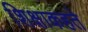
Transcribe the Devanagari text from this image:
शिक्षाकहते